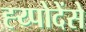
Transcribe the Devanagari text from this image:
ह्य्पोदेंसे